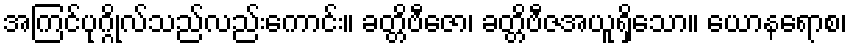
အကြင်ပုဂ္ဂိုလ်သည်လည်းကောင်း။ ခတ္တိဗီဇော၊ ခတ္တိဗီဇအယူရှိသော။ ယောနရောစ၊